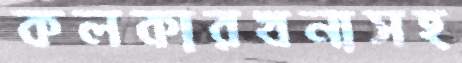
কলকারখনাসহ